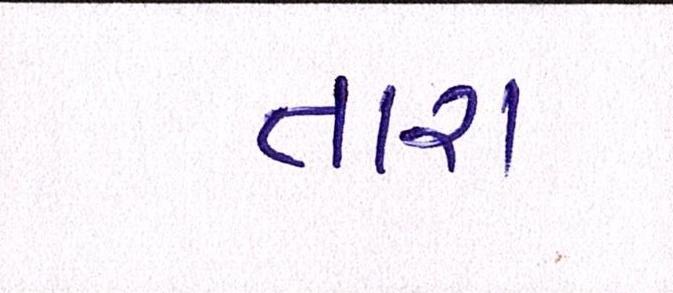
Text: તારા